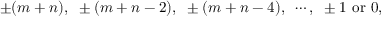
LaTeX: \pm ( m + n ) , ~ \pm ( m + n - 2 ) , ~ \pm ( m + n - 4 ) , ~ \cdots , ~ \pm 1 ~ \mathrm { o r } ~ 0 ,